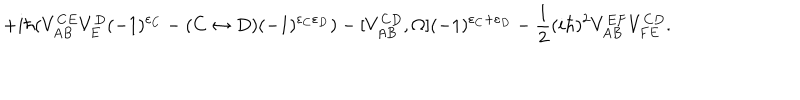
LaTeX: + i \hbar ( V _ { A B } ^ { C E } V _ { E } ^ { D } ( - 1 ) ^ { \varepsilon _ { C } } - ( C \leftrightarrow D ) ( - 1 ) ^ { \varepsilon _ { C } \varepsilon _ { D } } ) - [ V _ { A B } ^ { C D } , \Omega ] ( - 1 ) ^ { \varepsilon _ { C } + \varepsilon _ { D } } - \frac { 1 } { 2 } ( i \hbar ) ^ { 2 } V _ { A B } ^ { E F } V _ { F E } ^ { C D } .